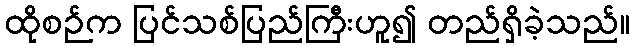
ထိုစဉ်က ပြင်သစ်ပြည်ကြီးဟူ၍ တည်ရှိခဲ့သည်။